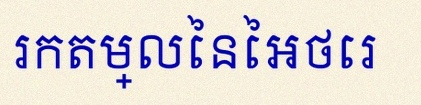
រកតម្លៃនៃអថេរ